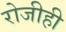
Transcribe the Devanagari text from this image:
रोजीही